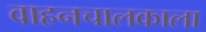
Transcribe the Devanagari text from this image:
वाहनचालकाला